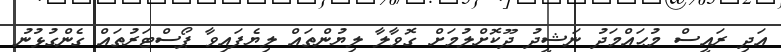
އަދި ރައީސް މުޙައްމަދު ނަޝީދު ދޫކޮށްލުމަށް ގޮވާލާ ލިޔުންތައް ލިޔެފައިވާ ޕޯސްޓަރުތައް ގެންގުޅުނު